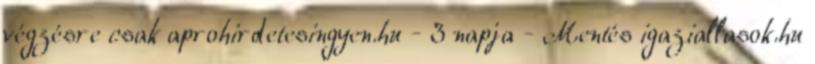
végzésre csak aprohirdetesingyen.hu - 3 napja - Mentés igaziallasok.hu